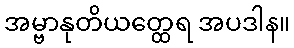
အမ္ဗာနုတိယတ္ထေရ အပဒါန။